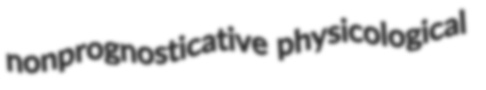
nonprognosticative physicological